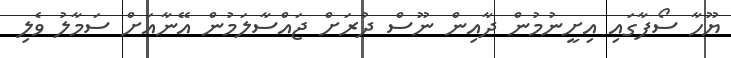
ޔޫހާ ސޯފާގައި އިށީނުމުން ދާއިން ނޫސް ދުރަށް ޖައްސާލަމުން އޭނާއަށް ސަމާލު ވެލި